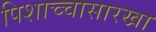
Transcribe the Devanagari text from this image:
पिशाच्चासारखा